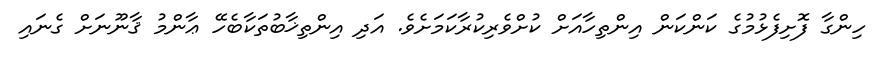
ހިންގާ ފޮށިފެޅުމުގެ ކަންކަން އިންތިހާއަށް ކުށްވެރިކުރާކަމަށެވެ. އަދި އިންތިޚާބުތަކާބެހޭ ޢާންމު ޤާނޫނަށް ގެނައި